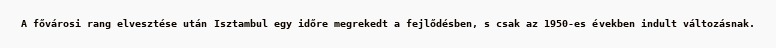
A fővárosi rang elvesztése után Isztambul egy időre megrekedt a fejlődésben, s csak az 1950-es években indult változásnak.